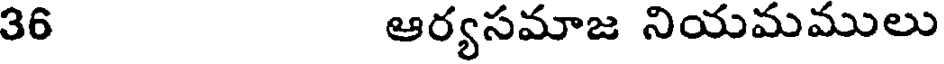
36 ఆర్యసమాజ నియమములు